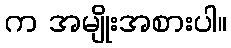
က အမျိုးအစားပါ။